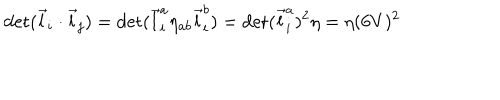
\det ( \vec { l } _ { i } \cdot \vec { l } _ { j } ) = \det ( \vec { l } _ { i } ^ { a } \eta _ { a b } \vec { l } _ { i } ^ { b } ) = \det ( \vec { l } _ { i } ^ { a } ) ^ { 2 } \eta = \eta ( 6 V ) ^ { 2 }